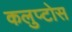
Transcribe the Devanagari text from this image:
कलुप्टोस